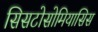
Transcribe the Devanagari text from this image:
सिसटोसोमियासिस